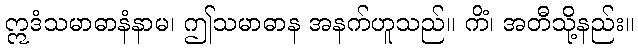
ဣဒံသမာဓာနံနာမ၊ ဤသမာဓာန အနက်ဟူသည်။ ကိံ၊ အတီသို့နည်း။